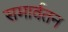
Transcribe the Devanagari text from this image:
समार्वतन